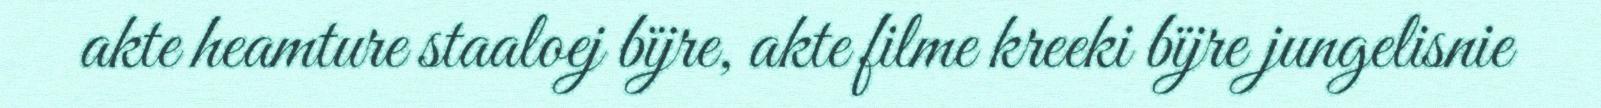
akte heamture staaloej bïjre, akte filme kreeki bïjre jungelisnie